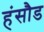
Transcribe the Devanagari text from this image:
हंसौड